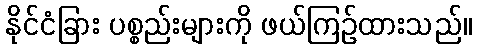
နိုင်ငံခြား ပစ္စည်းများကို ဖယ်ကြဉ်ထားသည်။